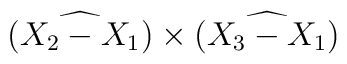
\widehat{(X_2-X_1)}\times\widehat{(X_3-X_1)}